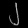
Digit: ၂